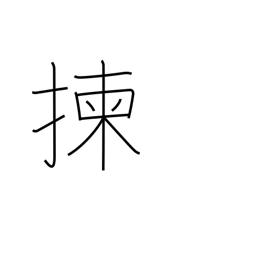
Meaning: select